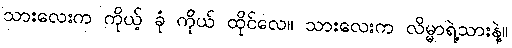
သားလေးက ကိုယ့် ခုံ ကိုယ် ထိုင်လေ။ သားလေးက လိမ္မာရဲ့သားနဲ့။